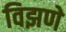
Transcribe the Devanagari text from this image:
विझणे